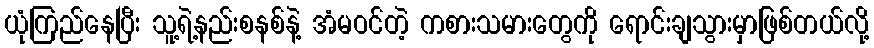
ယုံကြည်နေပြီး သူ့ရဲ့နည်းစနစ်နဲ့ အံမဝင်တဲ့ ကစားသမားတွေကို ရောင်းချသွားမှာဖြစ်တယ်လို့